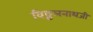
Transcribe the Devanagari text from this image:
विठ्ठलनाथजी